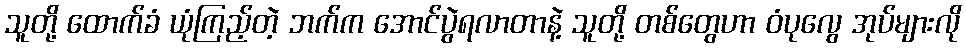
သူတို့ ထောက်ခံ ယုံကြည့်တဲ့ ဘက်က အောင်ပွဲရလာတာနဲ့ သူတို့ တစ်တွေဟာ ဝံပုလွေ အုပ်များလို